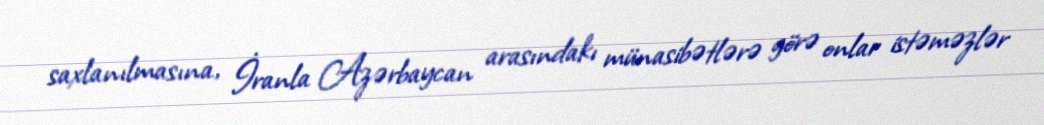
saxlanılmasına, İranla Azərbaycan arasındakı münasibətlərə görə onlar istəməzlər